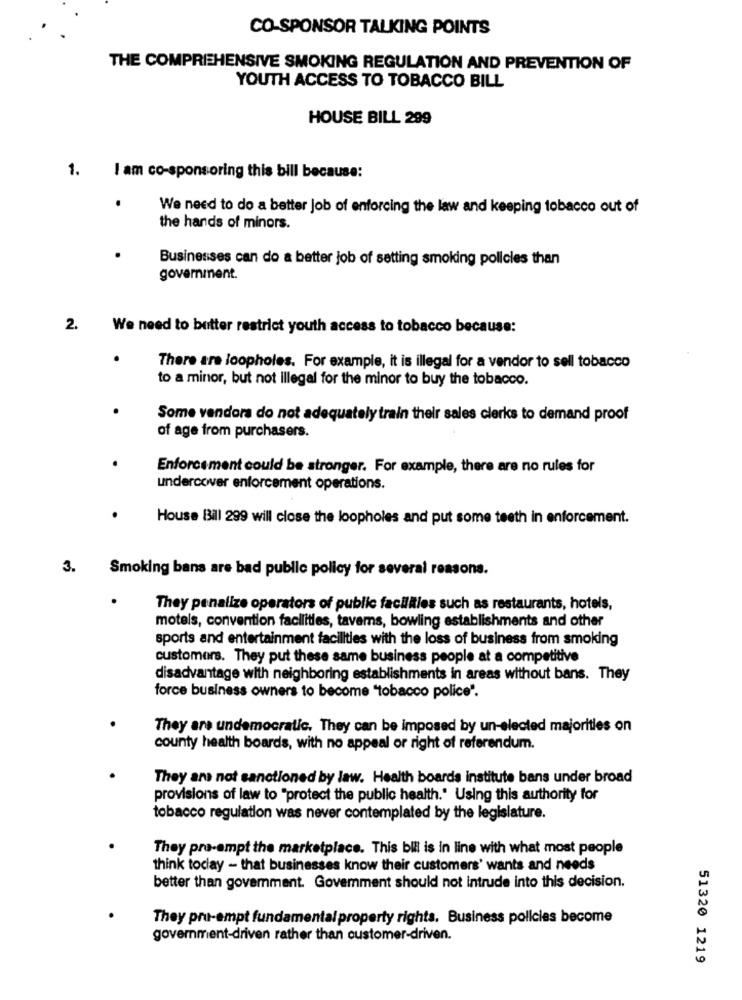
CO-SPONSOR TALKING POINTS
THE COMPREHENSIVE SMOKING REGULATION AND PREVENTION OF
YOUTH ACCESS TO TOBACCO BILL
HOUSE BILL 299
1. I am co-sponsoring this bill because:
We need to do a better job of enforcing the law and keeping tobacco out of
the hands of minors.
Businesses can do a better job of setting smoking policies than
government.
2.
We need to butter restrict youth access to tobacco because:
There are loopholes. For example, it is illegal for a vendor to sell tobacco
to a minor, but not illegal for the minor to buy the tobacco.
Some vendors do not adequately train their sales clerks to demand proof
of age from purchasers.
Enforcement could be stronger. For example, there are no rules for
undercover enforcement operations.
House Bill 299 will close the loopholes and put some teeth in enforcement.
3.
Smoking bans are bad public policy for several reasons.
They penalize operators of public facilities such as restaurants, hotels,
motels, convention facilities, taverns, bowling establishments and other
sports and entertainment facilities with the loss of business from smoking
customers. They put these same business people at a competitive
disadvantage with neighboring establishments in areas without bans. They
force business owners to become "tobacco police".
They are undemocratic. They can be imposed by un-elected majorities on
county health boards, with no appeal or right of referendum.
They are not sanctioned by law. Health boards institute bans under broad
provisions of law to "protect the public health." Using this authority for
tobacco regulation was never contemplated by the legislature.
They pro-empt the marketplace. This bill is in line with what most people
think tociay - that businesses know their customers' wants and needs
better than government. Government should not intrude into this decision.
They pru-empt fundamental property rights. Business policies become
government-driven rather than customer-driven.
51320 1219